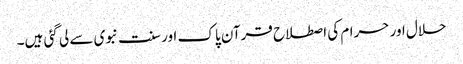
حلال اور حرام کی اصطلاح قرآن پاک اور سنت نبوی سے لی گئی ہیں۔